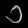
Digit: ၁